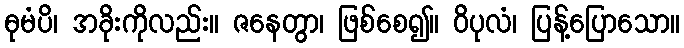
ဓုမံပိ၊ အခိုးကိုလည်း။ ဇနေတွာ၊ ဖြစ်စေ၍။ ဝိပုလံ၊ ပြန့်ပြောသော။